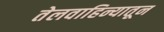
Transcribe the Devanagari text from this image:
तेलवाहिन्यातून